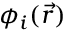
\phi _ { i } ( \vec { r } )